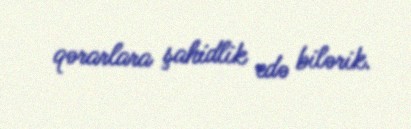
qərarlara şahidlik edə bilərik.